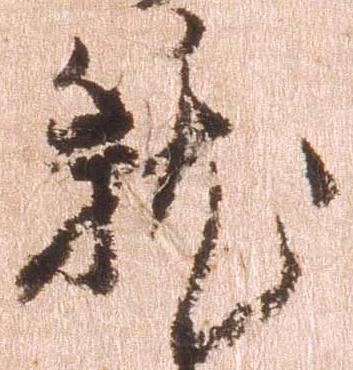
龍